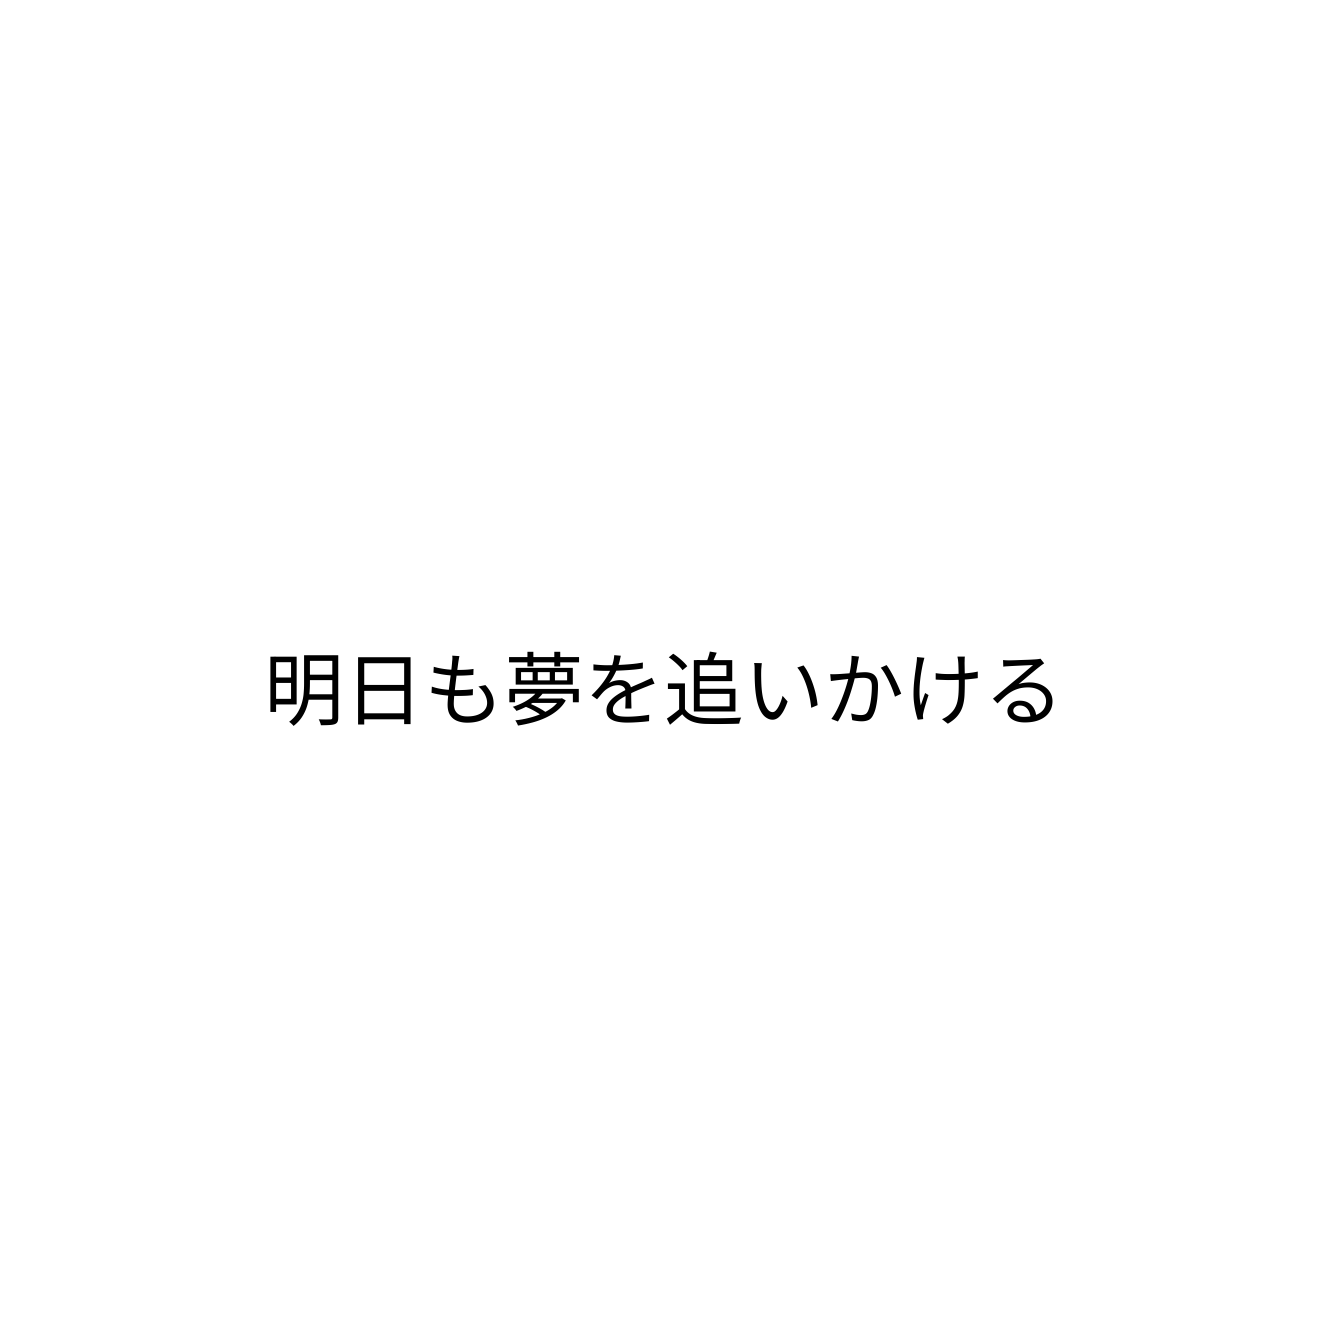
明日も夢を追いかける